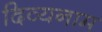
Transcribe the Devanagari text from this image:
दिव्यनाम